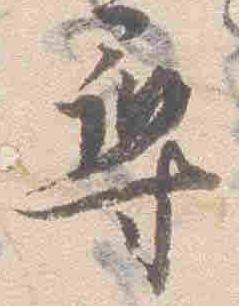
尋